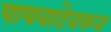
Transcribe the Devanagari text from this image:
पायवाटेवरुन